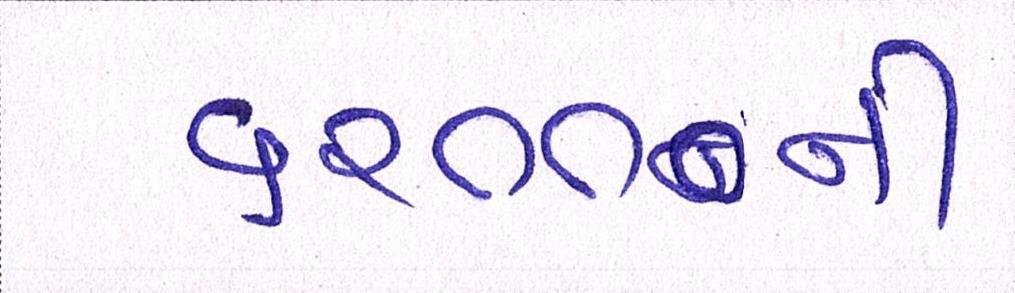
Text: ૬૨૦૦૦ની